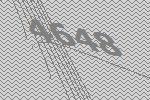
4648